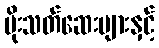
ပိုးသတ်ဆေးများနှင့်